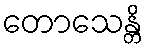
တောသေန္တိ